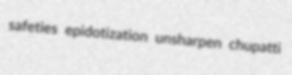
safeties epidotization unsharpen chupatti